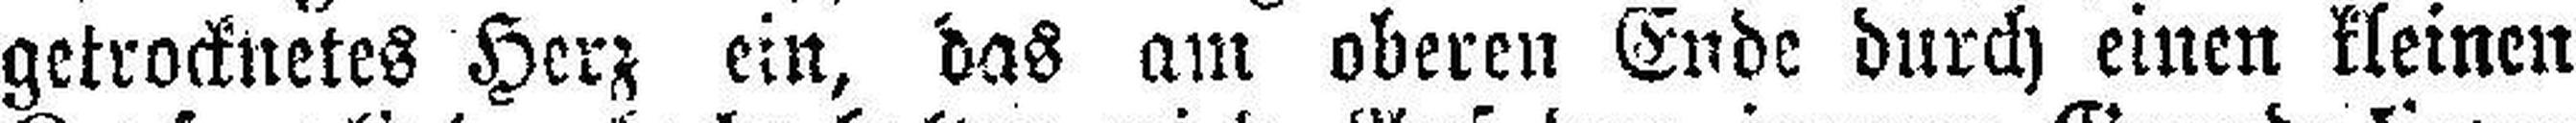
getrocknetes Herz ein, das am oberen Ende durch einen kleinen